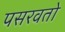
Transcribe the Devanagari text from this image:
पसरवतो